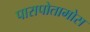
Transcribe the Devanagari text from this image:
पारापोतामोस